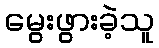
မွေးဖွားခဲ့သူ